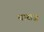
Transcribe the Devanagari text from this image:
बाराज